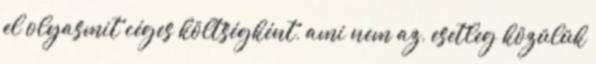
el olyasmit céges költségként, ami nem az, esetleg közülük